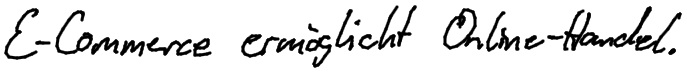
E-Commerce ermöglicht Online-Handel.